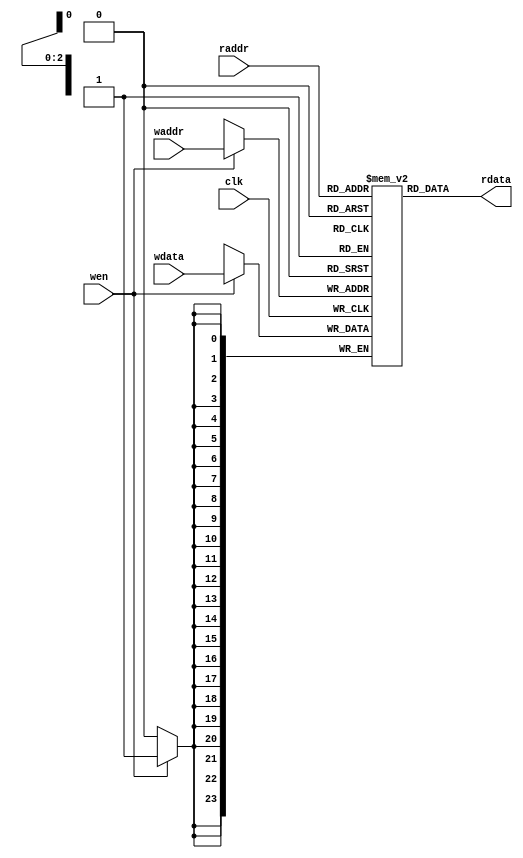
`timescale 10 ns / 1 ns

`define TARRAY_DATA_WIDTH 24
`define TARRAY_ADDR_WIDTH 3

module tag_array(
	input                             clk,
	input  [`TARRAY_ADDR_WIDTH - 1:0] waddr,
	input  [`TARRAY_ADDR_WIDTH - 1:0] raddr,
	input                             wen,
	input  [`TARRAY_DATA_WIDTH - 1:0] wdata,
	output [`TARRAY_DATA_WIDTH - 1:0] rdata
);

	reg [`TARRAY_DATA_WIDTH-1:0] array[ 1 << `TARRAY_ADDR_WIDTH - 1 : 0];
	
	always @(posedge clk)
	begin
		if(wen)
			array[waddr] <= wdata;
	end

assign rdata = array[raddr];

endmodule